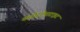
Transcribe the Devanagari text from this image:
क्लोरऐपाटाइट